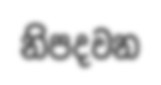
නිපදවන